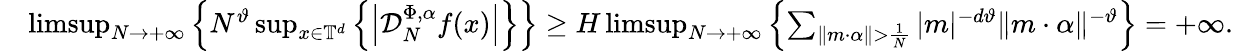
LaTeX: \begin{array}{rl}&{\operatorname*{limsup}_{N\to+\infty}\left\{ N^{\vartheta}\operatorname*{sup}_{x\in\mathbb{T}^{d}}\left\{ \left|\mathcal D_{N}^{\Phi,\alpha}f(x)\right|\right\} \right\} \geq H\operatorname*{limsup}_{N\to+\infty}\left\{ \sum_{\| m\cdot\alpha\| >\frac{1}{N}}|m|^{-d\vartheta}\| m\cdot\alpha\| ^{-\vartheta}\right\} =+\infty.}\end{array}